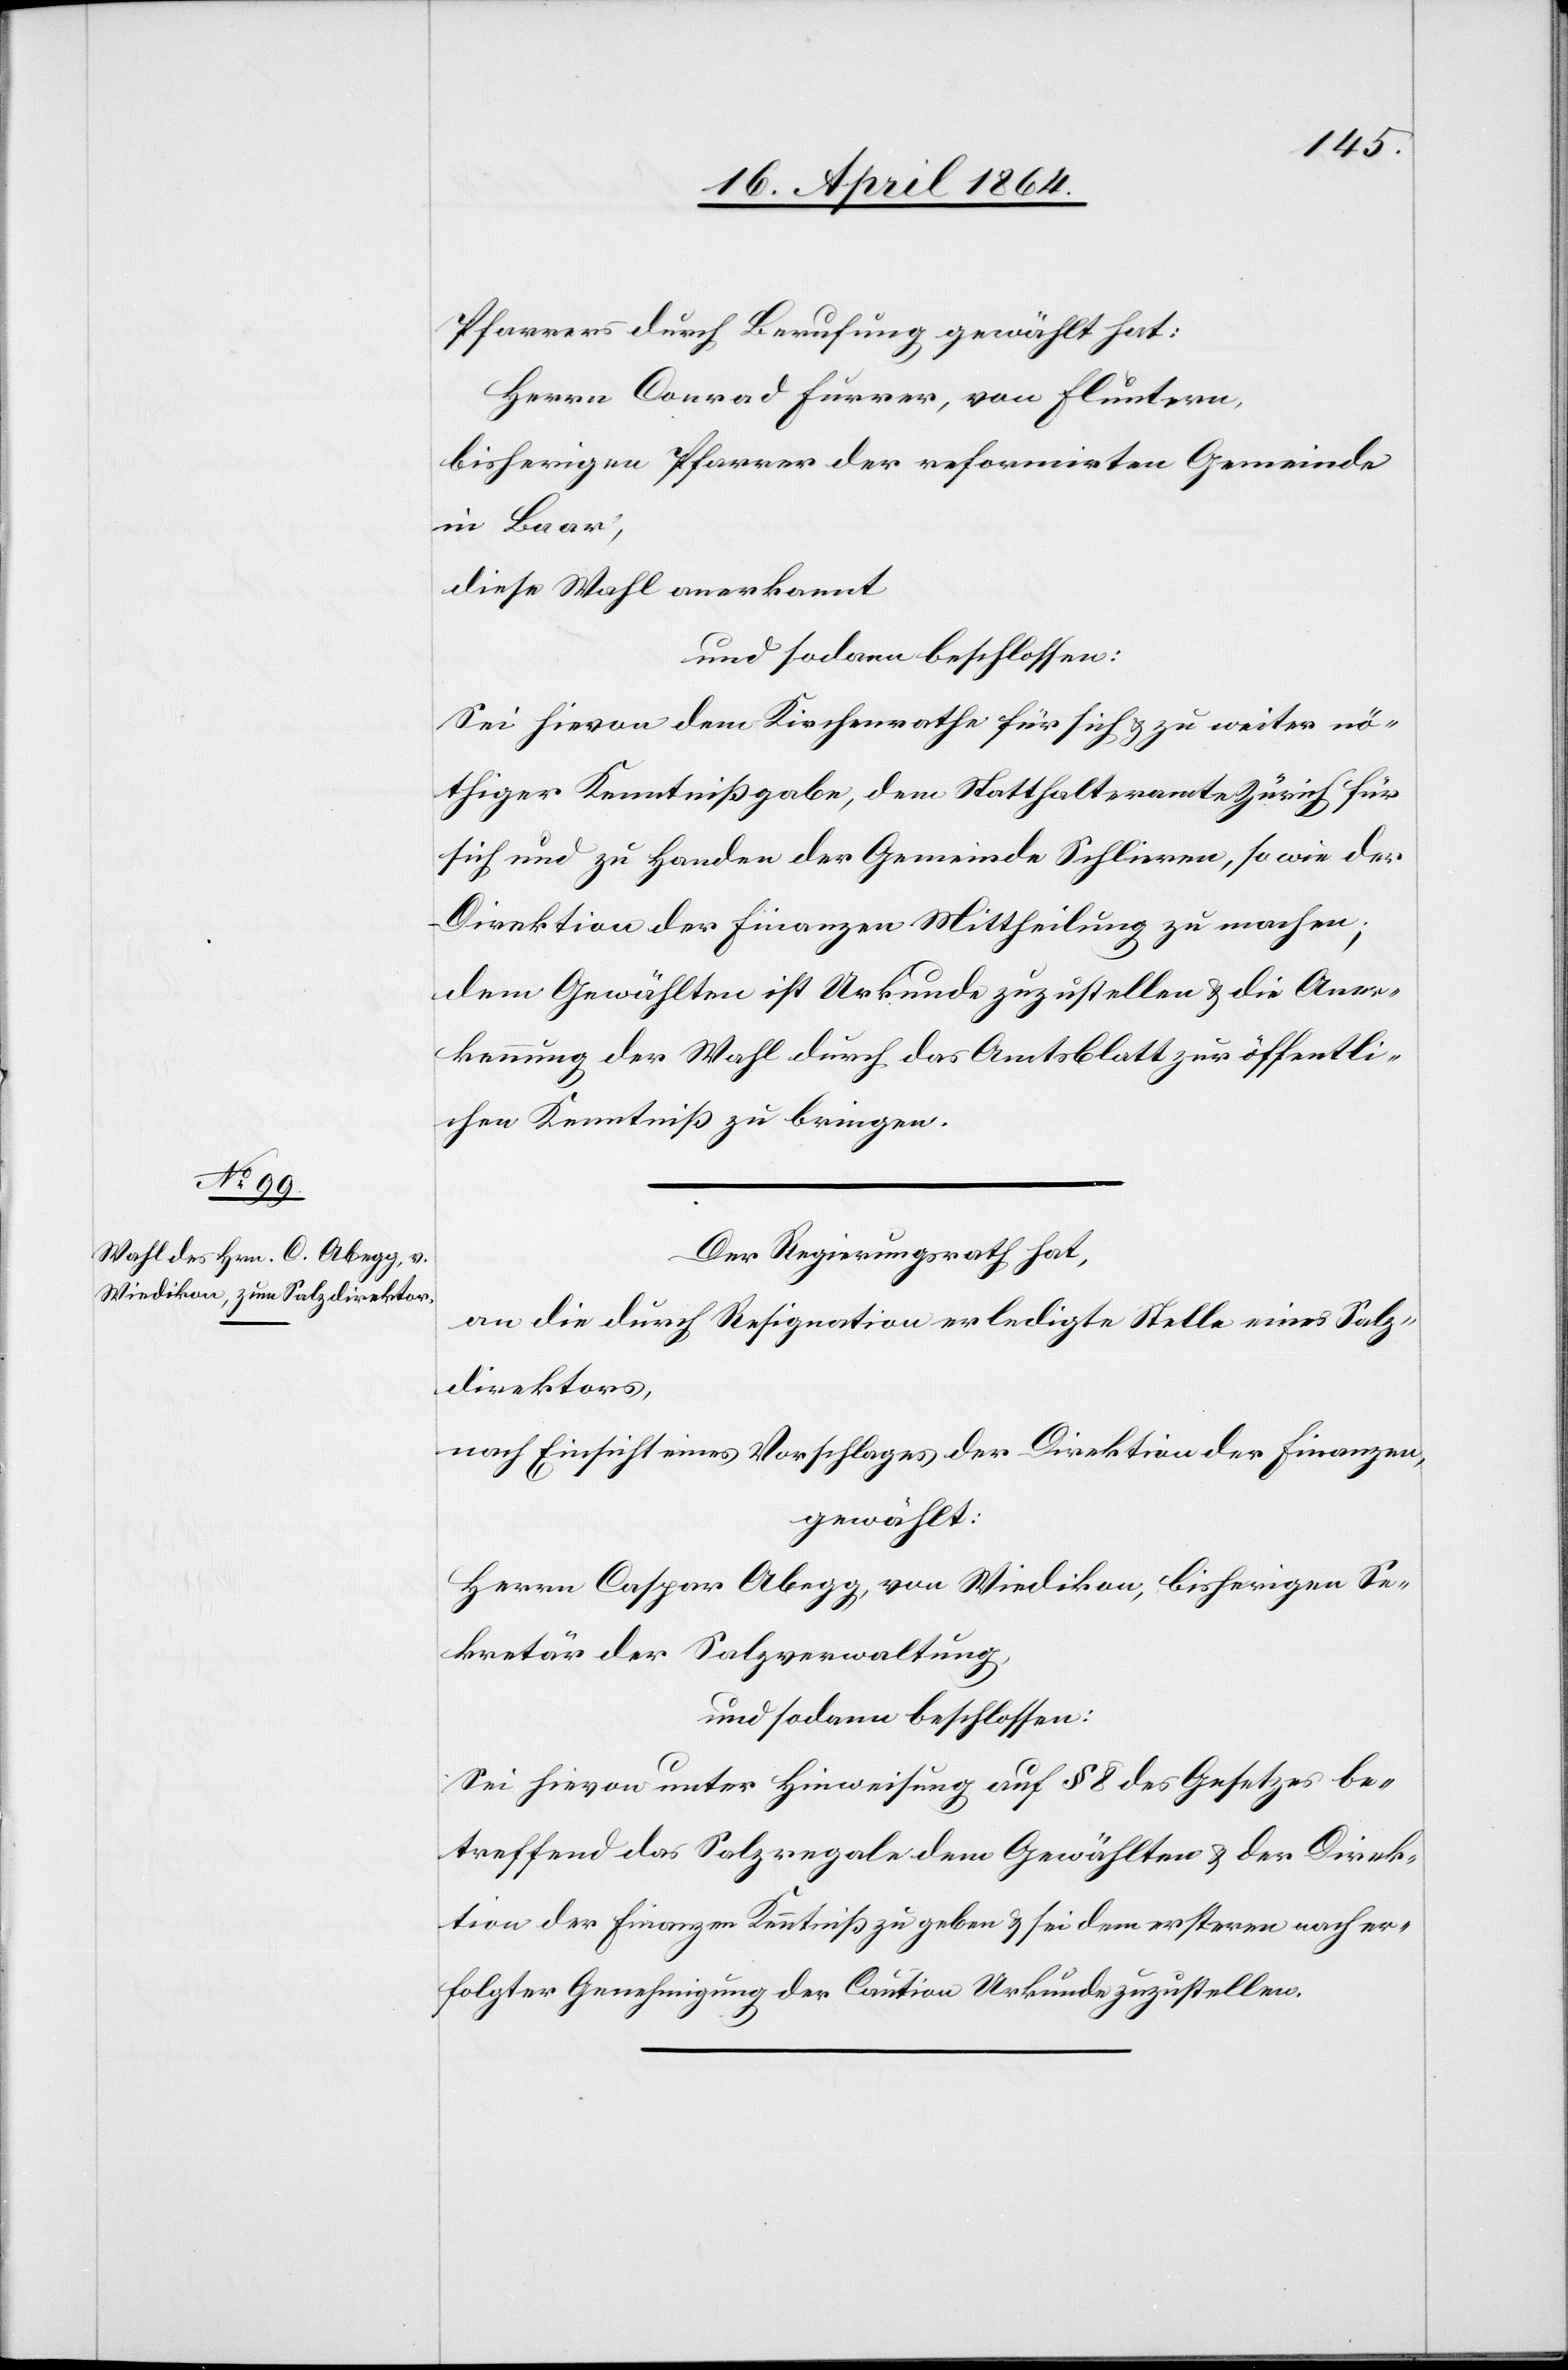
Pfarrers durch Berufung gewählt hat:
Herrn Conrad Furrer, von Fluntern,
bisherigen Pfarrer der reformirten Gemeinde
in Baar;
diese Wahl anerkannt
und sodann beschlossen:
Sei hievon dem Kirchenrathe für sich u. zu weiter nö¬
thiger Kenntnißgabe, dem Statthalteramte Zürich für
sich und zu Handen der Gemeinde Schlieren, so wie der
Direktion der Finanzen Mittheilung zu machen;
dem Gewählten ist Urkunde zuzustellen u. die Aner¬
kennung der Wahl durch das Amtsblatt zur öffentli¬
chen Kenntniß zu bringen.
Der Regierungsrath hat,
an die durch Resignation erledigte Stelle eines Salz¬
direktors,
nach Einsicht eines Vorschlages der Direktion der Finanzen,
gewählt:
Herrn Caspar Abegg, von Wiedikon, bisherigen Se¬
kretär der Salzverwaltung,
und sodann beschlossen:
Sei hievon unter Hinweisung auf § 8 des Gesetzes be¬
treffend das Salzregale dem Gewählten u. der Direk¬
tion der Finanzen Kenntniß zu geben u. sei dem ersteren nach er¬
folgter Genehmigung der Caution Urkunde zuzustellen.